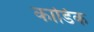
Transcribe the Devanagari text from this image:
कार्डिक